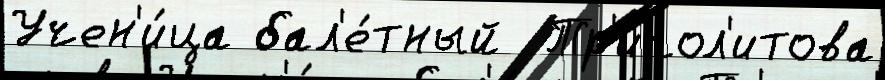
Учен'и́ца бал'е́тный  Тр'ипол'итова